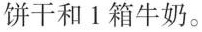
饼干和 1 箱牛奶。